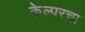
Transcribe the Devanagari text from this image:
केल्परचा